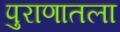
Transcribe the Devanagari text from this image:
पुराणातला